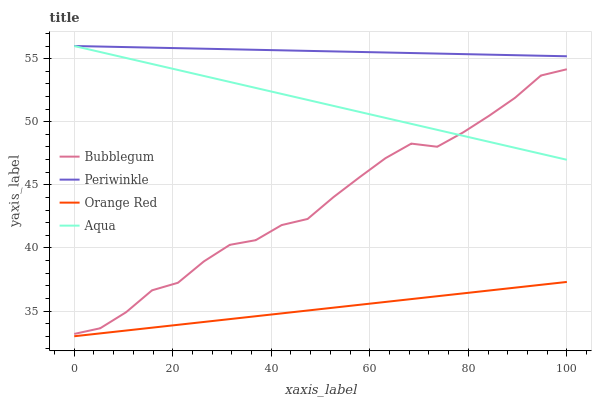
| xaxis_label | Bubblegum | Periwinkle | Orange Red | Aqua |
 | --- | --- | --- | --- | --- |
 | 0 | 33.2 | 56 | 33 | 56 |
 | 5.26 | 33.6 | 56 | 33.2 | 55.5 |
 | 10.5 | 34.9 | 55.9 | 33.5 | 55.1 |
 | 15.8 | 36.6 | 55.9 | 33.7 | 54.6 |
 | 21.1 | 37.2 | 55.8 | 33.9 | 54.1 |
 | 26.3 | 38.9 | 55.8 | 34.1 | 53.6 |
 | 31.6 | 40.2 | 55.7 | 34.4 | 53.2 |
 | 36.8 | 40.6 | 55.7 | 34.6 | 52.7 |
 | 42.1 | 41.8 | 55.7 | 34.8 | 52.2 |
 | 47.4 | 42.3 | 55.6 | 35 | 51.7 |
 | 52.6 | 44 | 55.6 | 35.3 | 51.3 |
 | 57.9 | 45.6 | 55.5 | 35.5 | 50.8 |
 | 63.2 | 47.1 | 55.5 | 35.7 | 50.3 |
 | 68.4 | 48.3 | 55.4 | 35.9 | 49.8 |
 | 73.7 | 48 | 55.4 | 36.2 | 49.4 |
 | 78.9 | 49.2 | 55.4 | 36.4 | 48.9 |
 | 84.2 | 50.5 | 55.3 | 36.6 | 48.4 |
 | 89.5 | 51.9 | 55.3 | 36.9 | 47.9 |
 | 94.7 | 53.7 | 55.2 | 37.1 | 47.5 |
 | 100 | 54.2 | 55.2 | 37.3 | 47 |